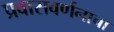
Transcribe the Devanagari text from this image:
प्रवासवर्णनाचा